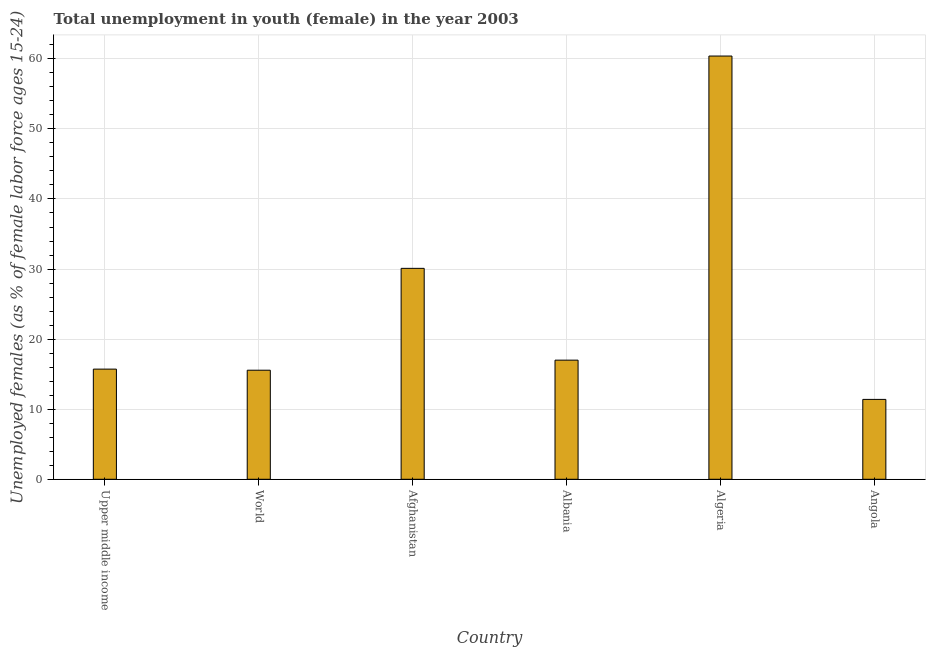
| Country | Unemployment |
 | --- | --- |
 | Upper middle income | 15.7 |
 | World | 15.6 |
 | Afghanistan | 30.1 |
 | Albania | 17 |
 | Algeria | 60.4 |
 | Angola | 11.4 |